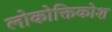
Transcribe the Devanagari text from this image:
लोकोक्तिकोश